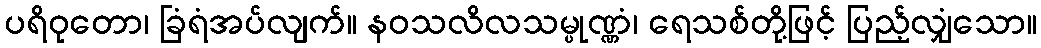
ပရိဝုတော၊ ခြံရံအပ်လျက်။ နဝသလိလသမ္ပုဏ္ဏံ၊ ရေသစ်တို့ဖြင့် ပြည့်လျှံသော။